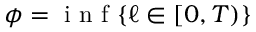
\phi = { \textrm { i n f } } \{ \ell \in [ 0 , T ) \}